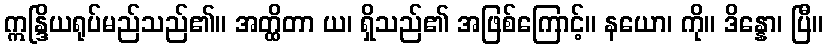
ဣန္ဒြိယရုပ်မည်သည်၏။ အတ္ထိတာ ယ၊ ရှိသည်၏ အဖြစ်ကြောင့်။ နယော၊ ကို။ ဒိန္နော၊ ပြီ။